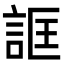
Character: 誆